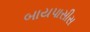
બાયપાસીસ